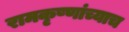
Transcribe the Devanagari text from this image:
रामकृष्णांच्याच